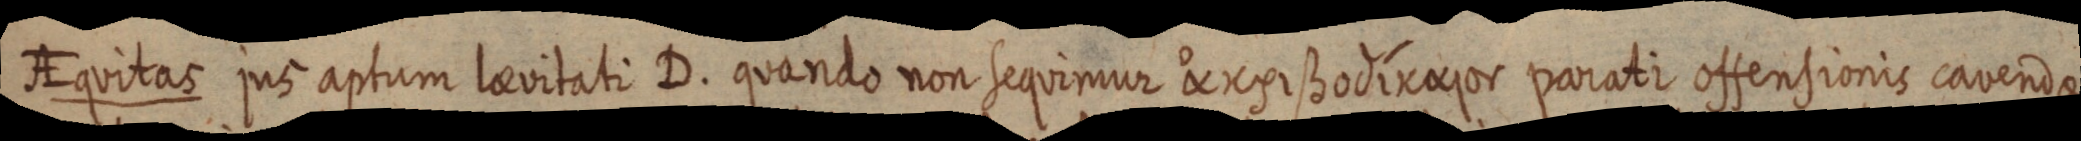
AEquitas jus aptum laevitati D. quando non sequimur parati offensionis cavendae